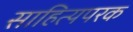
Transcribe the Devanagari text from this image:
साहित्यपरक